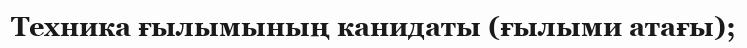
Техника ғылымының канидаты (ғылыми атағы);